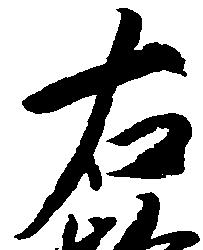
右